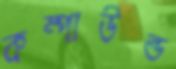
কম্পাউন্ড